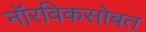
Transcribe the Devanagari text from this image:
नॉरविकसोबत